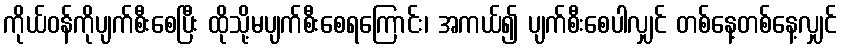
ကိုယ်ဝန်ကိုပျက်စီးစေပြီး ထိုသို့မပျက်စီးစေရကြောင်း၊ အကယ်၍ ပျက်စီးစေပါလျှင် တစ်နေ့တစ်နေ့လျှင်